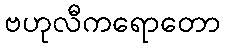
ဗဟုလီကရောတော